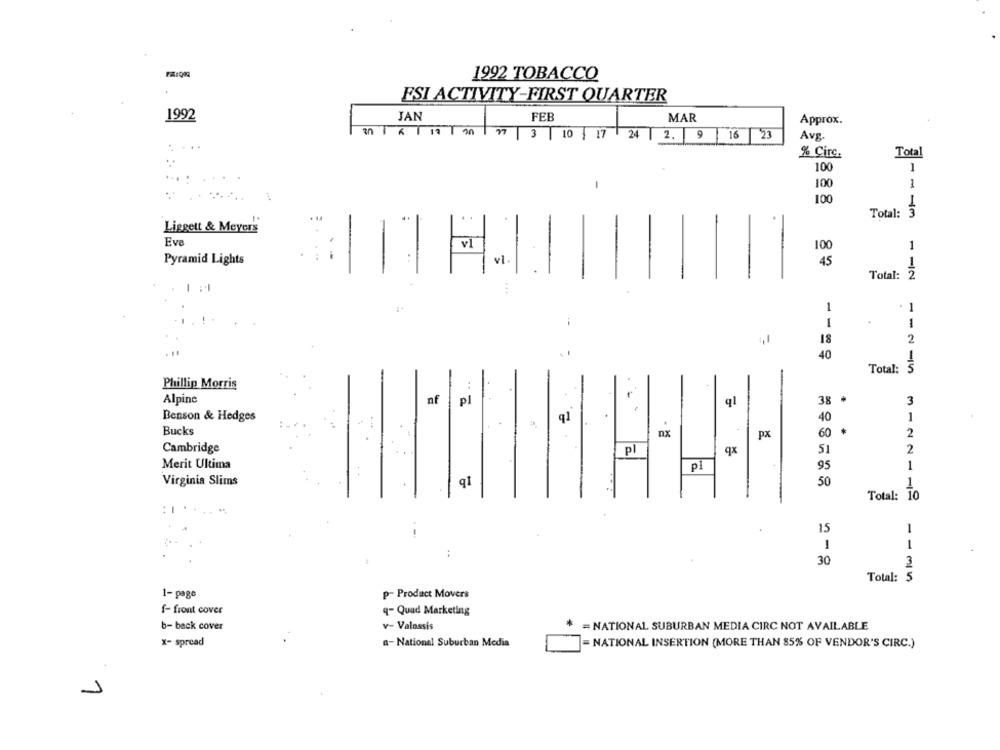
1992 TOBACCO
ESI ACTIVITY-FIRST QUARTER
1992
JAN
FEB
MAR
Approx.
n 1
1 1 1 9
27 3 10 17 24 2. 9
16 23
Avg.
....
% Circ.
Total
..
1
100
... .
1
100
100
..
Total:
3
Liggett & Meyers
Eve
v1
100
1
Pyramid Lights
. ..
45
-
Total:
12
...
1
1
1
-
2
-
18
40
5
Total:
Phillip Morris
Alpine
nf
pl
ql
38 .
3
Benson & Hedges
q1
40
1
Bucks
nx
px
60 .
2
Cambridge
Pl
qx
51
2
Merit Ultima
pl
95
1
Virginia Slims
50
q1
1
10
Total:
15
-
1
30
3
Total: 5
1- page
p- Product Movers
f- front cover
q-Quad Marketing
b- back cover
v- Valassis
= NATIONAL SUBURBAN MEDIA CIRC NOT AVAILABLE
x- spread
a- National Suburban Media
- NATIONAL INSERTION (MORE THAN 85% OF VENDOR'S CIRC.)
1